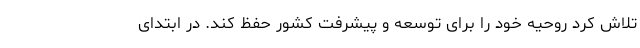
تلاش کرد روحیه خود را برای توسعه و پیشرفت کشور حفظ کند. در ابتدای